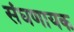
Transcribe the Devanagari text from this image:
संघणायक